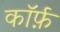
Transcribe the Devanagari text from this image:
कॉर्फ़